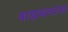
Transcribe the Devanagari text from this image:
बाह्यबलांचा